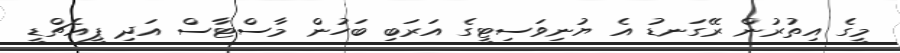
މީގެ އިތުރުން ރޭގަނޑު އެ ޔުނިވަސިޓީގެ އަރަބި ބަހުން މާސްޓާސް އަދި ޕީއެޗްޑީ